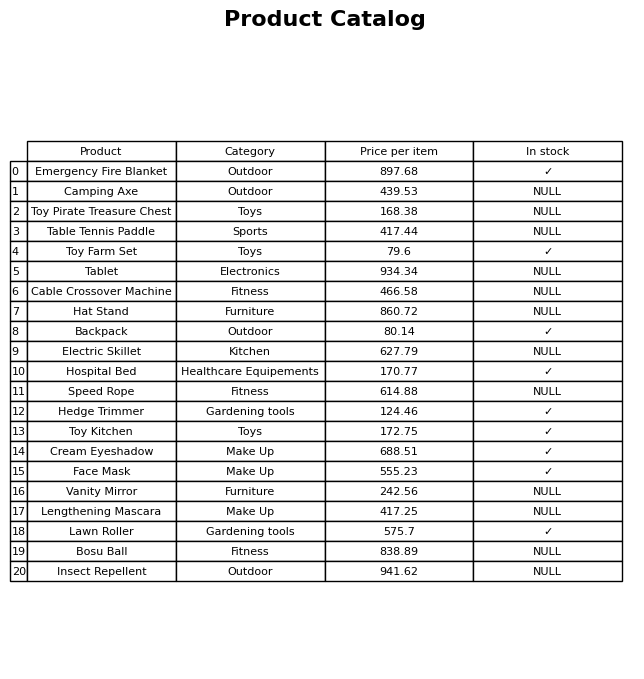
question: What is the price for Hat Stand?
answer: The price of Hat Stand is 860.72.